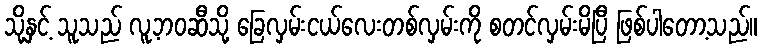
သို့နှင့် သူသည် လူ့ဘဝဆီသို့ ခြေလှမ်းငယ်လေးတစ်လှမ်းကို စတင်လှမ်းမိပြီ ဖြစ်ပါတော့သည်။